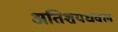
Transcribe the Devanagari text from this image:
अतिशयधवल